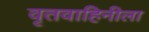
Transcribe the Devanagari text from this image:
वृतवाहिनीला